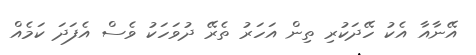
އޭނާއާ އެކު ހޭދަކުރި ތިން އަހަރު ތެރޭ ދުވަހަކު ވެސް އެފަދަ ކަމެއް